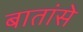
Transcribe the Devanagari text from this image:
बातांसे